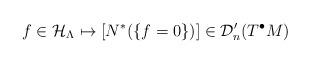
LaTeX: \begin{align*}f\in\mathcal{H}_\Lambda \mapsto [N^*(\{f=0\})]\in\mathcal{D}_n^\prime(T^{\bullet}M)\end{align*}